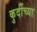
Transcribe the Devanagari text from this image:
कुर्दीच्या